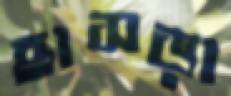
হাসড়া